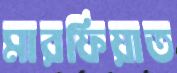
মারফিয়াত